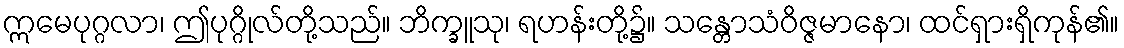
ဣမေပုဂ္ဂလာ၊ ဤပုဂ္ဂိုလ်တို့သည်။ ဘိက္ခူသု၊ ရဟန်းတို့၌။ သန္တောသံဝိဇ္ဇမာနော၊ ထင်ရှားရှိကုန်၏။